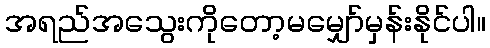
အရည်အသွေးကိုတော့မမျှော်မှန်းနိုင်ပါ။